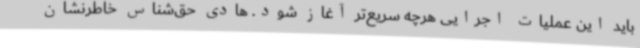
باید این عملیات اجرایی هرچه سریع‌تر آغاز شود. هادی حق‌شناس خاطرنشان